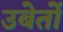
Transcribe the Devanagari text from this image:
उबेर्तो